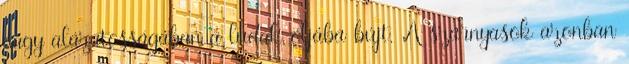
nagy alázatosságában a ludak óljába bújt. A szárnyasok azonban